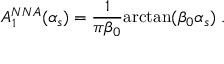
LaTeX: { A } _ { 1 } ^ { N N A } ( { \alpha } _ { s } ) = \frac { 1 } { { \pi } { \beta } _ { 0 } } { \arctan } ( { \beta } _ { 0 } { \alpha } _ { s } ) \; .